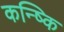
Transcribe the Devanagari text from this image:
कन्ष्कि